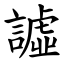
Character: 譃